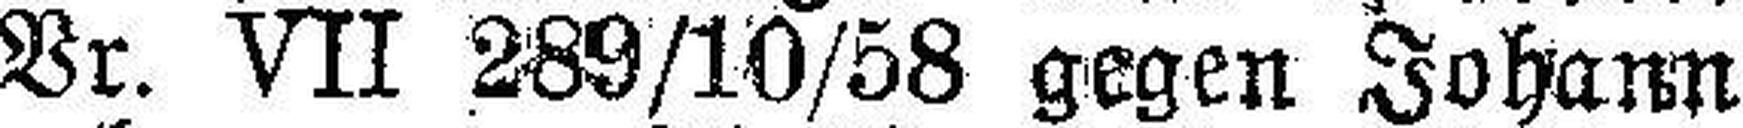
Vr. VII 289/10/58 gegen Johann Hintner senior,